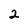
Character: 2